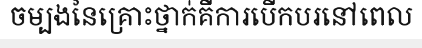
ចម្បងនៃគ្រោះថ្នាក់គឺការបើកបរនៅពេល